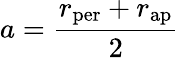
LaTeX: a={\frac{r_{\mathrm{per}}+r_{\mathrm{ap}}}{2}}